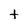
Character: t